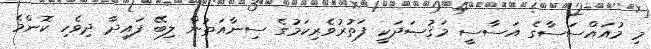
މި މުއައްސަސާގެ އަސާސީ މަޤުޞަދަކީ ފަތުރުވެރިކަމުގެ ސިނާއަތުން ލިބޭ ފައިދާ ދިވެހި ކޮންމެ